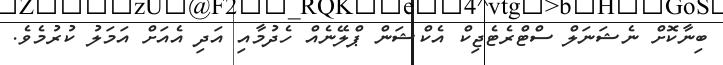
ބިނާކޮށް ނެޝަނަލް ސްޓްރެޓެޖިކް އެކްޝަންް ޕްލޭނެއް ހެދުމާއި އަދި އެއަށް އަމަލު ކުރުމެވެ.